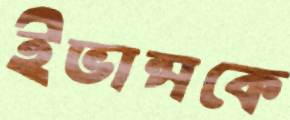
ইভান্সকে